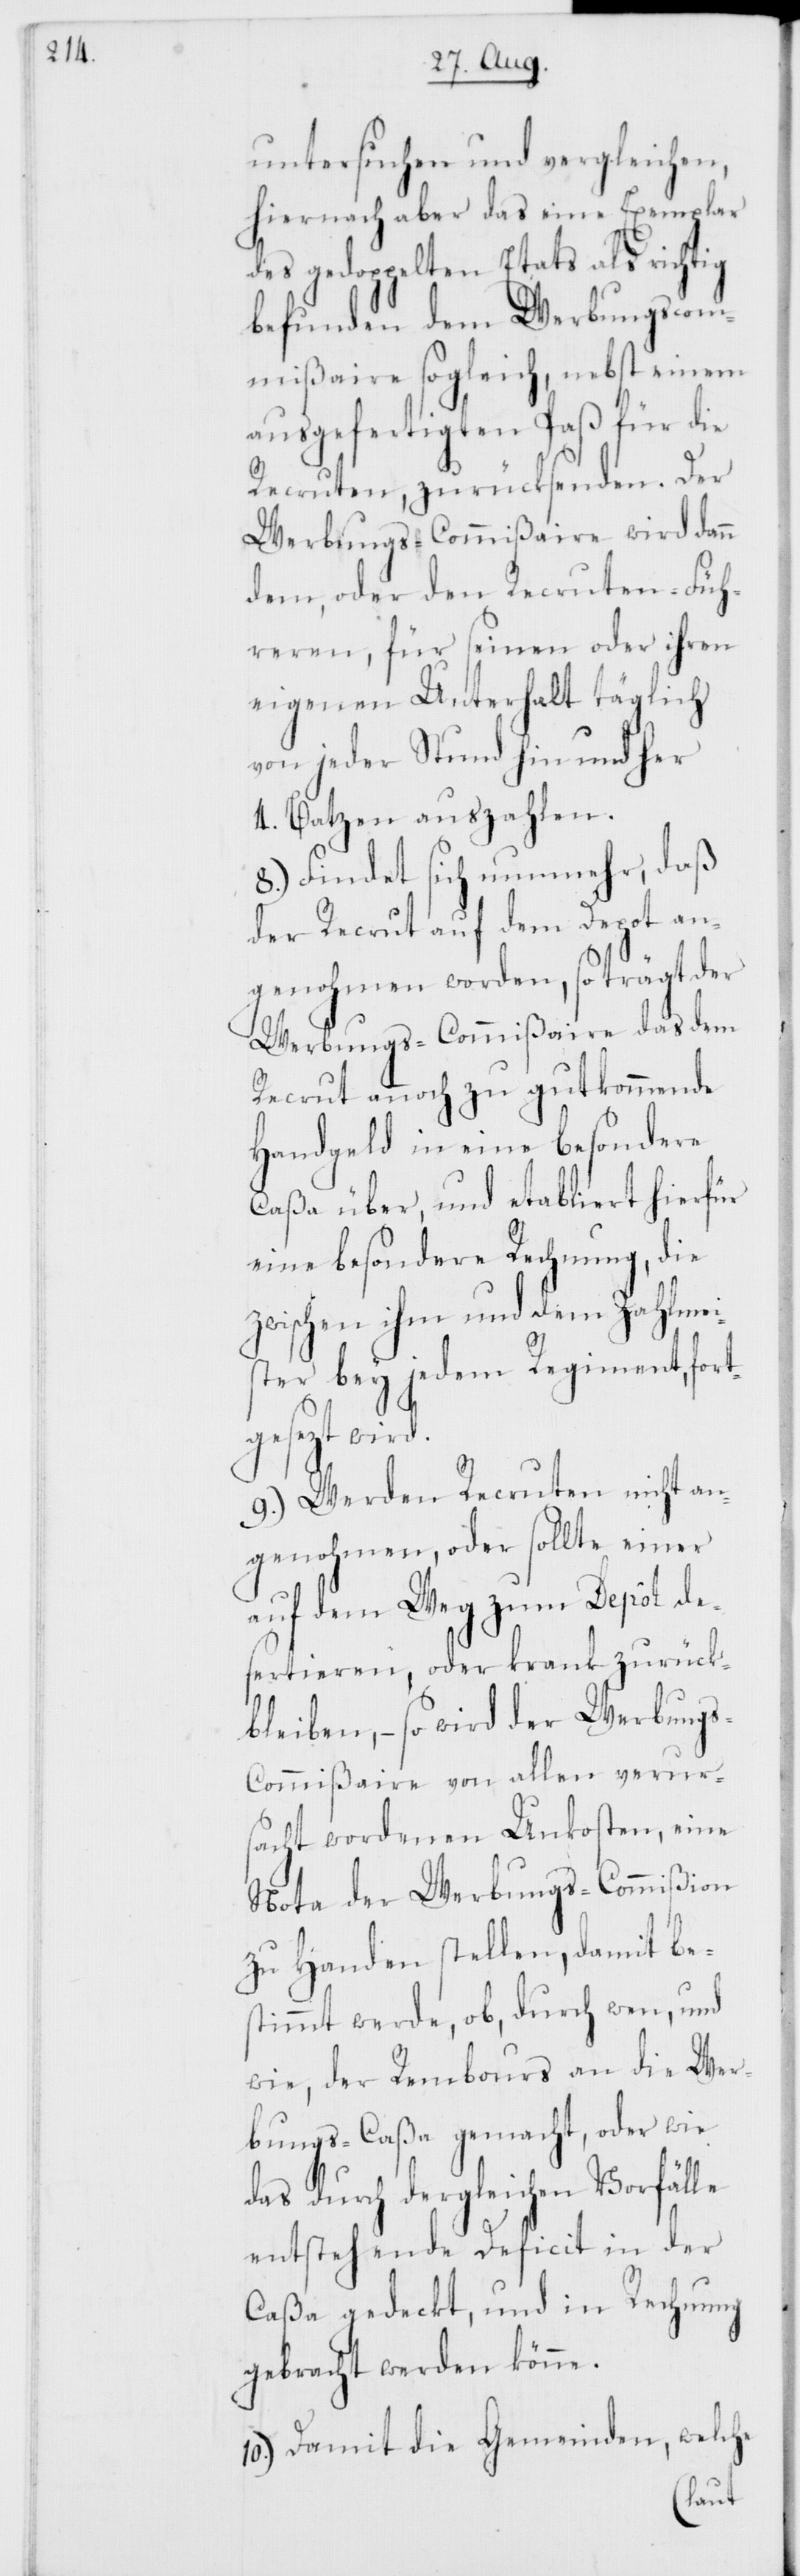
untersuchen und vergleichen,
hiernach aber das eine Exemplar
des gedoppelten Etats als richtig
befunden dem Werbungscom¬
mißaire sogleich, nebst einem
ausgefertigten Paß für die
Recruten, zurücksenden. Der
Werbungs-Commißaire wird dann
dem, oder den Recruten-Füh¬
reren, für seinen oder ihren
eigenen Unterhalt täglich
von jeder Stund hin und her
4. Batzen auszahlen.
8.) Findet sich nunmehr, daß
der Recrut auf dem Depot an¬
genohmen worden, so trägt der
Werbungs-Commißaire das dem
Recrut annoch zu gutkommende
Handgeld in eine besondere
Caßa über, und etabliert hierfür
eine besondere Rechnung, die
zwischen ihm und dem Zahlmei¬
ster bey jedem Regiment, fort¬
gesezt wird.
9.) Werden Recruten nicht an¬
genohmen, oder sollte einer
auf dem Weg zum Depôt de¬
sertieren, oder krank zurück¬
bleiben, – so wird der Werbung¬
s-Commißaire von allen verurs¬
acht wordenen Unkosten, eine
Nota der Werbungs-Commißion
zu Handen stellen, damit be¬
stimmt werde, ob, durch wen, und
wie, der Rembours an die Wer¬
bungs-Caßa gemacht, oder wie
das durch dergleichen Vorfälle
entstehende Deficit in der
Caßa gedeckt und in Rechnung
gebracht werden könne.
10.) Damit die Gemeinden, welche